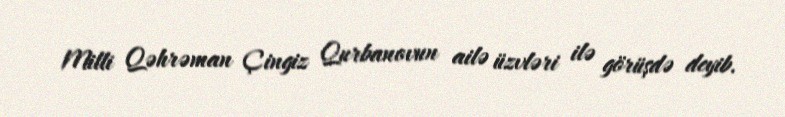
Milli Qəhrəman Çingiz Qurbanovun ailə üzvləri ilə görüşdə deyib.